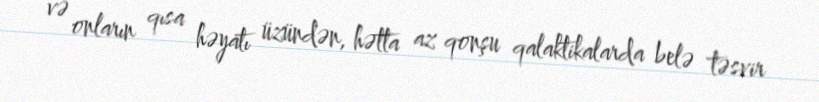
və onların qısa həyatı üzündən, hətta az qonşu qalaktikalarda belə təsvir